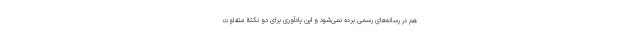
هم در رسانه‌های رسمی برده نمی‌شود و این یادآوری برای دو نکتۀ متفاوت